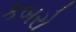
કબરો